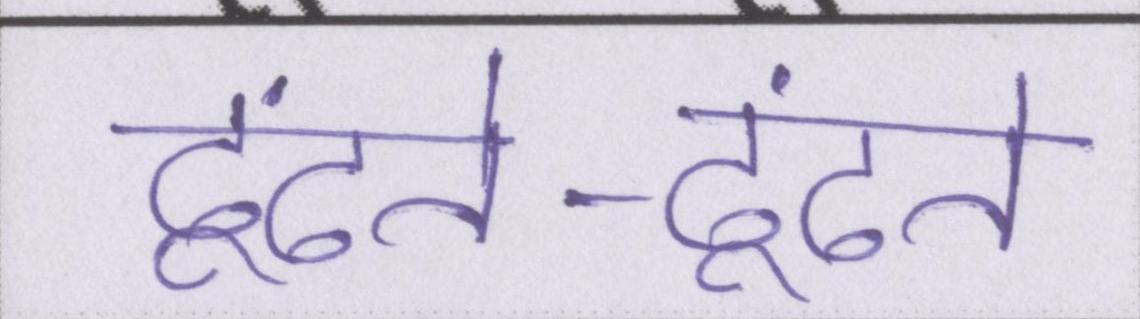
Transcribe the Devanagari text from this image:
ढूंढते-ढूंढते